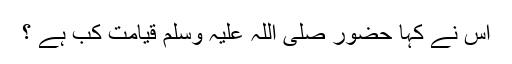
اس نے کہا حضور صلی اللہ علیہ وسلم قیامت کب ہے ؟